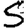
Digit: 5